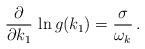
LaTeX: \begin{align*} \frac{\partial}{\partial k_1}\, \ln g(k_1)=\frac{\sigma}{\omega_k}\,.\end{align*}